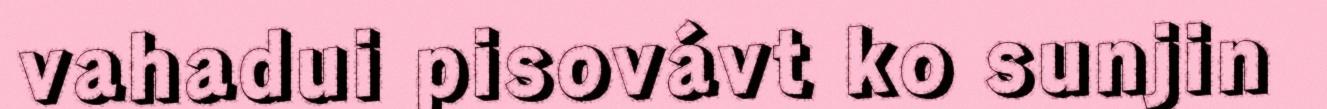
vahadui pisovávt ko sunjin